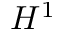
H ^ { 1 }